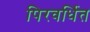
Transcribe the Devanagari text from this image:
पिरवर्धित